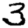
Digit: 3